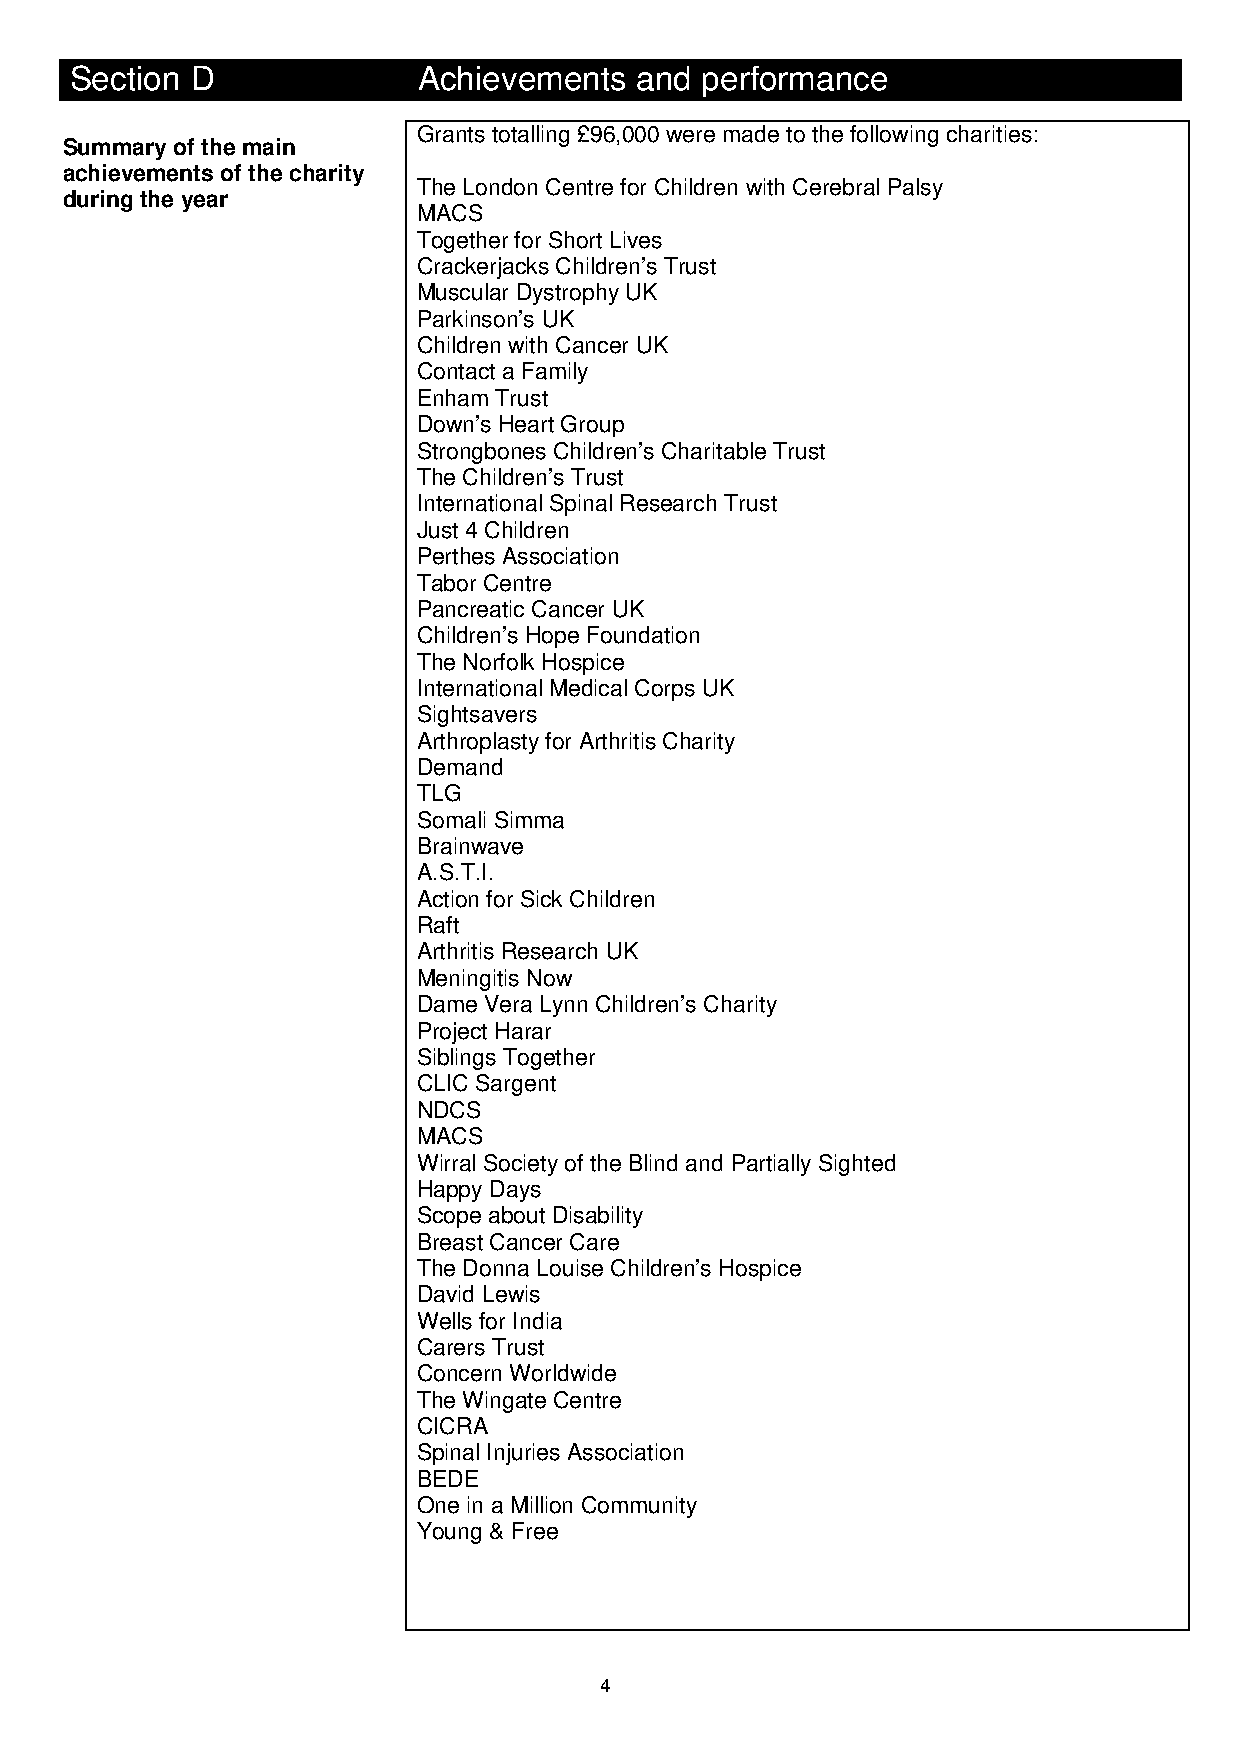
Section D              Achievements  and performance
 Grants totalling £96,000 were made to the following charities:
 Summary of the main
 achievements of the charity
 The London Centre for Children with Cerebral Palsy
 during the year
 MACS
 Together for Short Lives
 Crackerjacks Children’s Trust
 Muscular Dystrophy UK
 Parkinson’s UK
 Children with Cancer UK
 Contact a Family
 Enham Trust
 Down’s Heart Group
 Strongbones Children’s Charitable Trust
 The Children’s Trust
 International Spinal Research Trust
 Just 4 Children
 Perthes Association
 Tabor Centre
 Pancreatic Cancer UK
 Children’s Hope Foundation
 The Norfolk Hospice
 International Medical Corps UK
 Sightsavers
 Arthroplasty for Arthritis Charity
 Demand
 TLG
 Somali Simma
 Brainwave
 A.S.T.I.
 Action for Sick Children
 Raft
 Arthritis Research UK
 Meningitis Now
 Dame Vera Lynn Children’s Charity
 Project Harar
 Siblings Together
 CLIC Sargent
 NDCS
 MACS
 Wirral Society of the Blind and Partially Sighted
 Happy Days
 Scope about Disability
 Breast Cancer Care
 The Donna Louise Children’s Hospice
 David Lewis
 Wells for India
 Carers Trust
 Concern Worldwide
 The Wingate Centre
 CICRA
 Spinal Injuries Association
 BEDE
 One in a Million Community
 Young & Free
 4